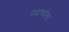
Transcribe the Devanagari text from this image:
पदार्थांला